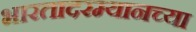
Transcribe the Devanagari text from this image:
भारतादरम्यानच्या